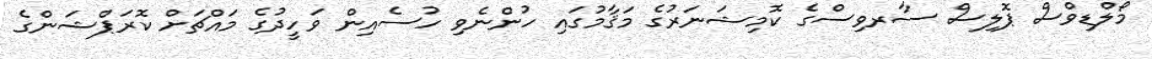
މޯލްޑިވްސް ޕޮލިސް ސާރވިސްގެ ކޮމިޝަނަރުގެ މަޤާމުގައި ހުންނެވި ހުސެއިން ވަހީދުގެ މައްޗަށް ކޮރަޕްޝަންގެ